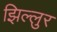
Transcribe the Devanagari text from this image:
झिल्लुर